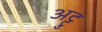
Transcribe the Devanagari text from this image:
अट्टु